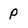
Character: P